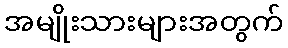
အမျိုးသားများအတွက်